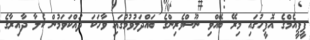
ޕީޕީއެމްގެ އޮފީހުގައި މިރޭ ބޭއްވި ނޫސްވެރިންގެ ބައްދަލުވުމުގައި ވާހަކަ ދައްކަވަމުން ކެލާ ދާއިރާގެ